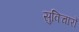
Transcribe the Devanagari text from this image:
सुविचारों